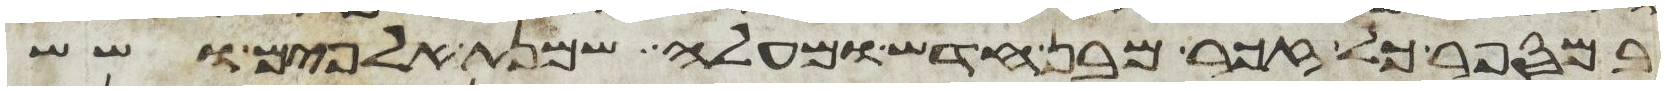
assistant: במספר כל זכר מבן חדש ומעלה שמנת אלפים ושש